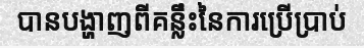
បានបង្ហាញពីគន្លឹះនៃការប្រើប្រាប់